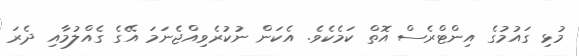
މުޅި ގައުމުގެ އިންޓްރެސް އޮތް ކަމެކެވެ. އެކަން ނުކުރެވިއްޖެނަމަ އޭގެ ގެއްލުމާއި ދެރަ